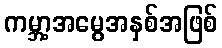
ကမ္ဘာ့အမွေအနှစ်အဖြစ်